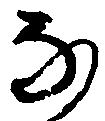
な